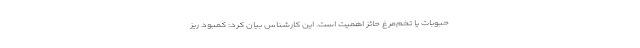
حبوبات یا تخم‌مرغ حائز اهمیت است. این کارشناس بیان کرد: کمبود ریز